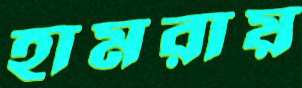
হামরায়